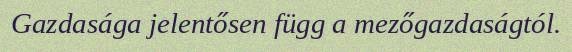
Gazdasága jelentősen függ a mezőgazdaságtól.